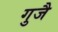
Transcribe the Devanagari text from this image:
गुजै